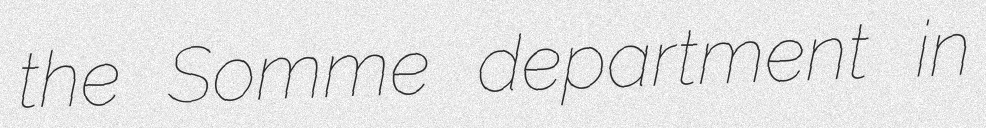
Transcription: the Somme department in